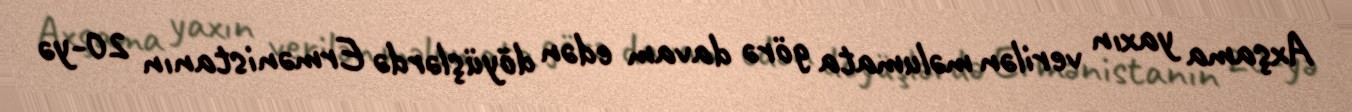
Axşama yaxın verilən məlumata görə davam edən döyüşlərdə Ermənistanın 20-yə